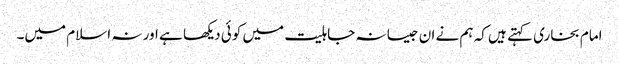
امام بخاری کہتے ہیں کہ ہم نے ان جیسا نہ جاہلیت میں کوئی دیکھا ہے اور نہ اسلام میں۔